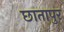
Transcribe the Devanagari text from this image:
छातापुर